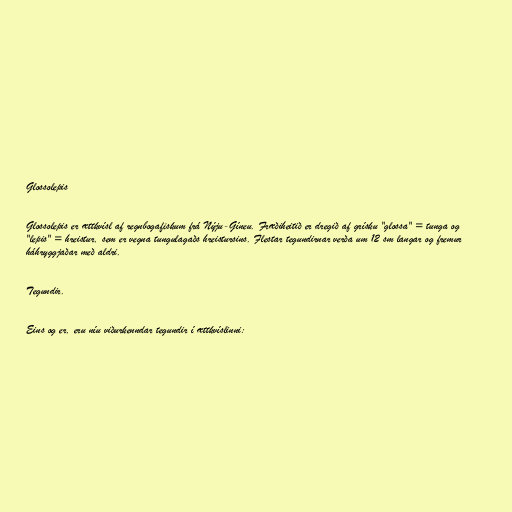
Glossolepis

Glossolepis er ættkvísl af regnbogafiskum frá Nýju-Gíneu. Fræðiheitið er dregið af grísku "glossa" = tunga og
"lepis" = hreistur, sem er vegna tungulagaðs hreistursins. Flestar tegundirnar verða um 12 sm langar og fremur
háhryggjaðar með aldri.

Tegundir.

Eins og er, eru níu viðurkenndar tegundir í ættkvíslinni: